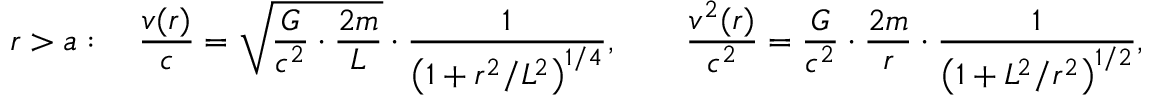
r > a : \quad \frac { v ( r ) } { c } = \sqrt { \frac { G } { c ^ { 2 } } \cdot \frac { 2 m } { L } } \cdot \frac { 1 } { \left( 1 + r ^ { 2 } / L ^ { 2 } \right) ^ { 1 / 4 } } , \qquad \frac { v ^ { 2 } ( r ) } { c ^ { 2 } } = \frac { G } { c ^ { 2 } } \cdot \frac { 2 m } { r } \cdot \frac { 1 } { \left( 1 + L ^ { 2 } / r ^ { 2 } \right) ^ { 1 / 2 } } ,